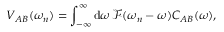
V _ { A B } ( \omega _ { n } ) = \int _ { - \infty } ^ { \infty } \mathrm { d } \omega \, \mathcal { F } ( \omega _ { n } - \omega ) C _ { A B } ( \omega ) ,